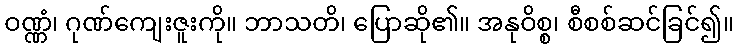
ဝဏ္ဏံ၊ ဂုဏ်ကျေးဇူးကို။ ဘာသတိ၊ ပြောဆို၏။ အနုဝိစ္စ၊ စီစစ်ဆင်ခြင်၍။